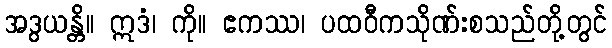
အဒွယန္တိ။ ဣဒံ၊ ကို။ ဧကဿ၊ ပထဝီကသိုဏ်းစသည်တို့တွင်